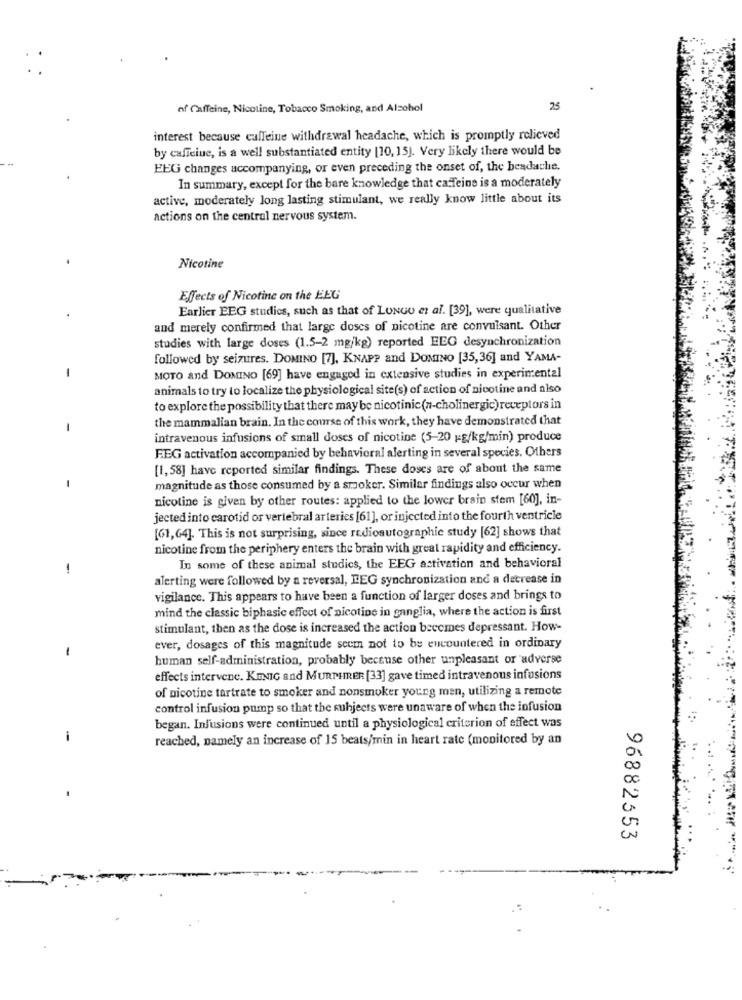
of Caffeine, Nicotine, Tobacco Smoking, and Alsohol
25
interest because caffeine withdrawal headache, which is promptly relieved
by caffeine, is a well substantiated entity [10, 15). Very likely there would be
EEG changes accompanying, or even preceding the onset of, the bendache.
In summary, except for the bare knowledge that cafeine is a moderately
active, moderately long lasting stimulant, we really know little about its
actions on the central nervous system.
Nicotine
Effects of Nicotine on the EEG
Earlier EEG studies, such as that of LUNGO et al. [39], were qualitative
and merely confirmed that large doses of nicotine are convulsant. Other
studies with large doses (1.5-2 mg/kg) reported EEG desynchronization
followed by seizures. DOMINO [7], KNAPP and DOMINO [35,36] and YAMA-
-
MOTO and DOMINO [69] have engaged in extensive studies in experimental
animals to try to localize the physiological site(s) of action of nicotine and also
to explore the possibility that there may be nicotinic(n-cholinergic) receptors in
the mammalian brain. In the course of this work, they have demonstrated that
intravenous infusions of small doses of nicotine (5-20 g/kg/min) produce
FEG activation accompanied by behavioral alerting in several species. Others
[1,58] have reported similar findings. These doses are of about the same
-
magnitude as those consumed by a smoker. Similar findings also occur when
nicotine is given by other routes: applied to the lower brain stem [60], in-
jected into carotid or vertebral arteries [61], or injected into the fourth ventricle
[61,64]. This is not surprising, since radiosutographie study [62] shows that
nicotine from the periphery enters the brain with great rapidity and efficiency.
-
In some of these animal studics, the EEG activation and behavioral
alerting were followed by a reversal, EEG synchronization and a decrease in
vigilance. This appears to have been a function of larger doses and brings to
mind the classic biphasic effect of nicotine in ganglia, where the action is first
stimulant, then as the dose is increased the action becomes depressant. How-
1
ever, dosages of this magnitude seem not to be encountered in ordinary
human self-administration, probably because other unpleasant or adverse
effects intervene. KUNNIG and MURPHRER [33] gave timed intravenous infusions
of nicotine tartrate to smoker and nonsmoker young men, utilizing a remote
control infusion pump so that the subjects were unaware of when the infusion
began. Infusions were continued until a physiological criterion of effect was
-
reached, namely an increase of 15 beats/min in heart rate (monitored by an
96882553